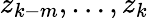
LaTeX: z_{k-m},\ldots,z_{k}